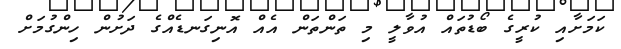
ކަމަށާއި ކުރީގެ ބޯޑުތައް އުވާލީ މި ތަންތަން އެއް އޮނިގަނޑެއްގެ ދަށުން ހިންގުމަށް